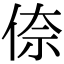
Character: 倷